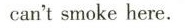
can't smoke here.